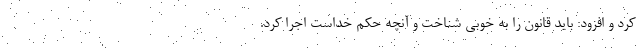
کرد و افزود: باید قانون را به خوبی شناخت و آنچه حکم خداست اجرا کرد.